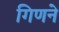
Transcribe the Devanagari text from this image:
गिणने